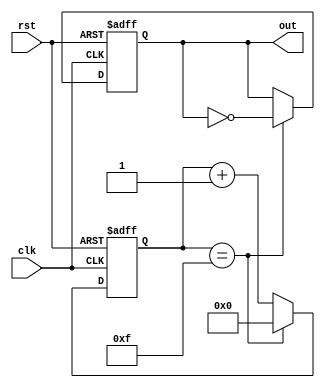
module clock_divider(
    input wire clk,
    input wire rst,
    output reg out
);

reg [3:0] counter;

always @(posedge clk or posedge rst) begin
    if (rst) begin
        counter <= 4'b0000;
        out <= 1'b0;
    end else begin
        if (counter == 4'b1111) begin
            counter <= 4'b0000;
            out <= ~out;
        end else begin
            counter <= counter + 1;
        end
    end
end

endmodule